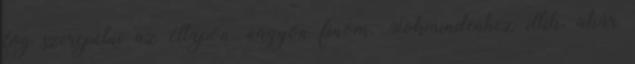
fog szerepelni az étlapon, nagyon finom. Sokmindenhez illik, akár